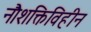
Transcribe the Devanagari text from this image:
नौशक्तिविहीन